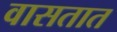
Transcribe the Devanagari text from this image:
वासतात